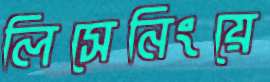
লিসেনিংয়ে